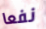
نفعا